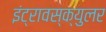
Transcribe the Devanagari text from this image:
इंट्रावस्क्युलर